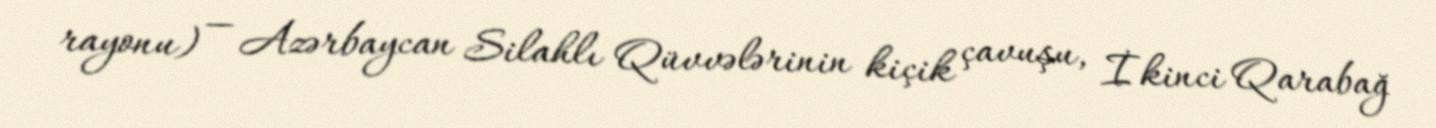
rayonu) — Azərbaycan Silahlı Qüvvələrinin kiçik çavuşu, İkinci Qarabağ